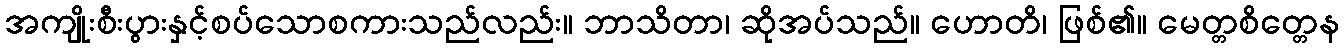
အကျိုးစီးပွားနှင့်စပ်သောစကားသည်လည်း။ ဘာသိတာ၊ ဆိုအပ်သည်။ ဟောတိ၊ ဖြစ်၏။ မေတ္တစိတ္တေန